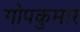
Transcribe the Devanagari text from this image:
गोपकुमार